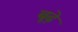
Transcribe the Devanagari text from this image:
बूढ़े़